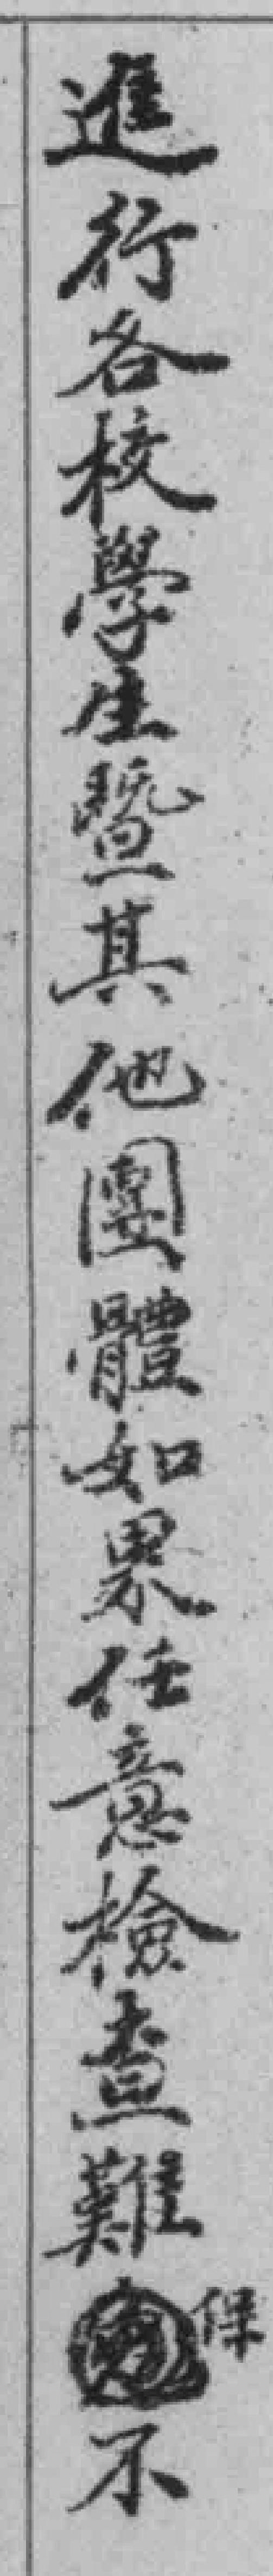
進行各校學生暨其他團體如果任意檢查難保不